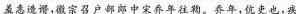
羞志造谮，徽宗召户部郎中宋乔年往鞫。 乔年，伉： 吏也，疾